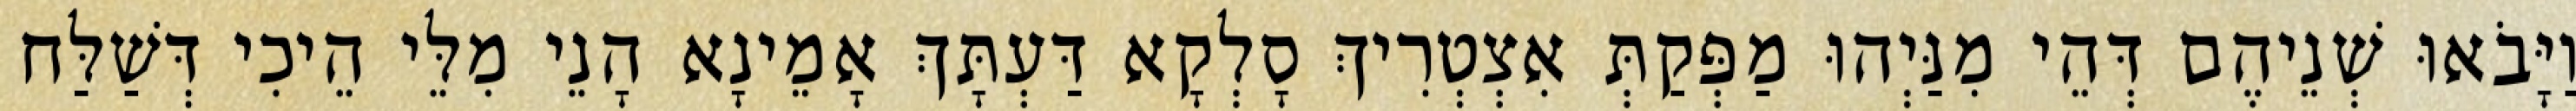
וַיָּבֹאוּ שְׁנֵיהֶם דְּהֵי מִנַּיְהוּ מַפְּקַתְּ אִצְטְרִיךְ סָלְקָא דַּעְתָּךְ אָמֵינָא הָנֵי מִלֵּי הֵיכִי דְּשַׁלַּח